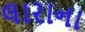
લારાના